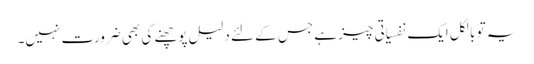
یہ تو بالکل ایک نفسیاتی چیز ہے جس کے لئے دلیل پوچھنے کی بھی ضرورت نہیں۔